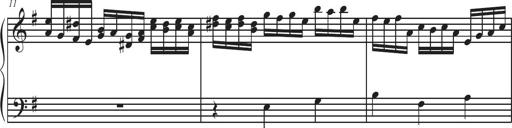
Title: Sonatina Espania
Composer: Jerald Franklin Archer
Key: Various